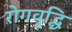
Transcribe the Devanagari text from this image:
रोगवृद्धि